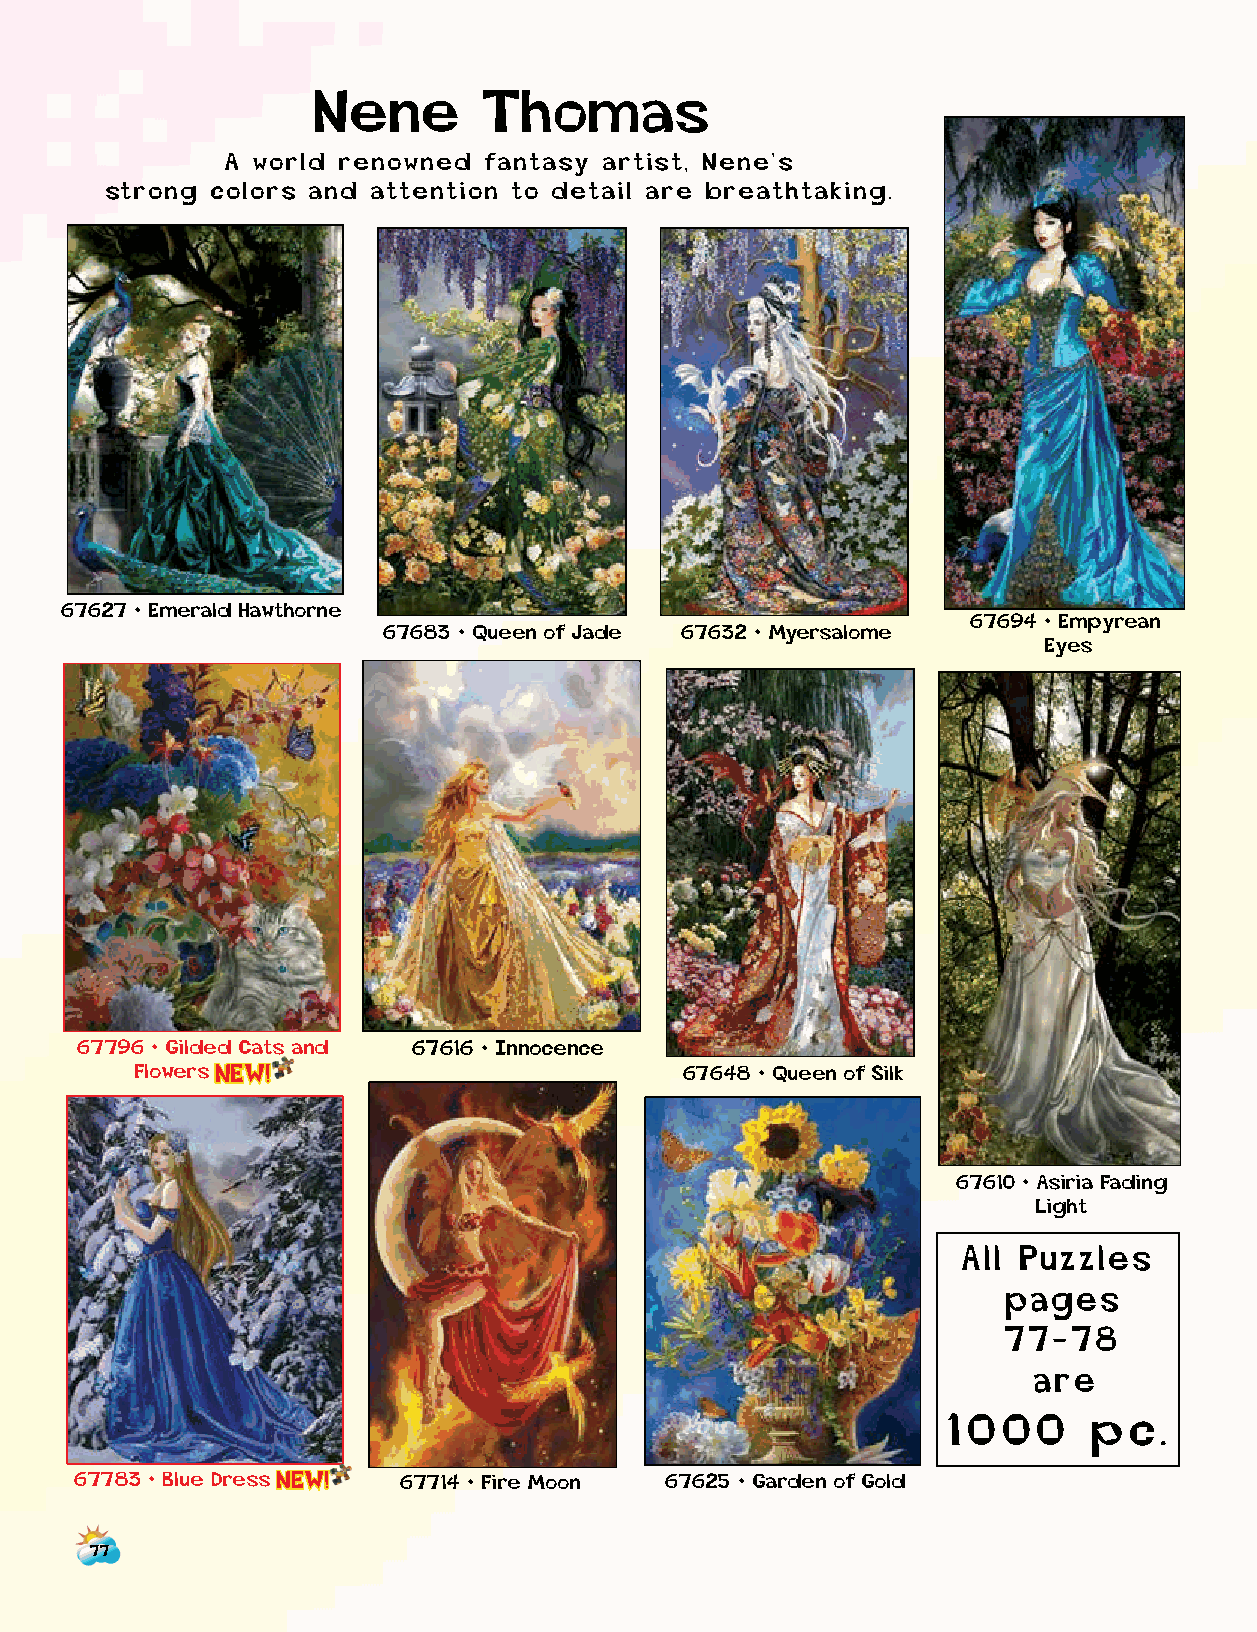
Nene       Thomas
 A world renowned fantasy artist, Nene’s
 strong colors and attention to detail are breathtaking.
 67627 • Emerald Hawthorne
 67694 • Empyrean
 67683 • Queen of Jade 67632 • Myersalome
 Eyes
 67796 • Gilded Cats and 67616 • Innocence
 Flow e r s NEW!                     67648 • Queen of Silk
 67610 • Asiria Fading
 Light
 All Puzzles
 pages
 77-78
 are
 1000     pc.
 67783 • Blue Dr e s s NEW! 67714 • Fire Moon 67625 • Garden of Gold
 77